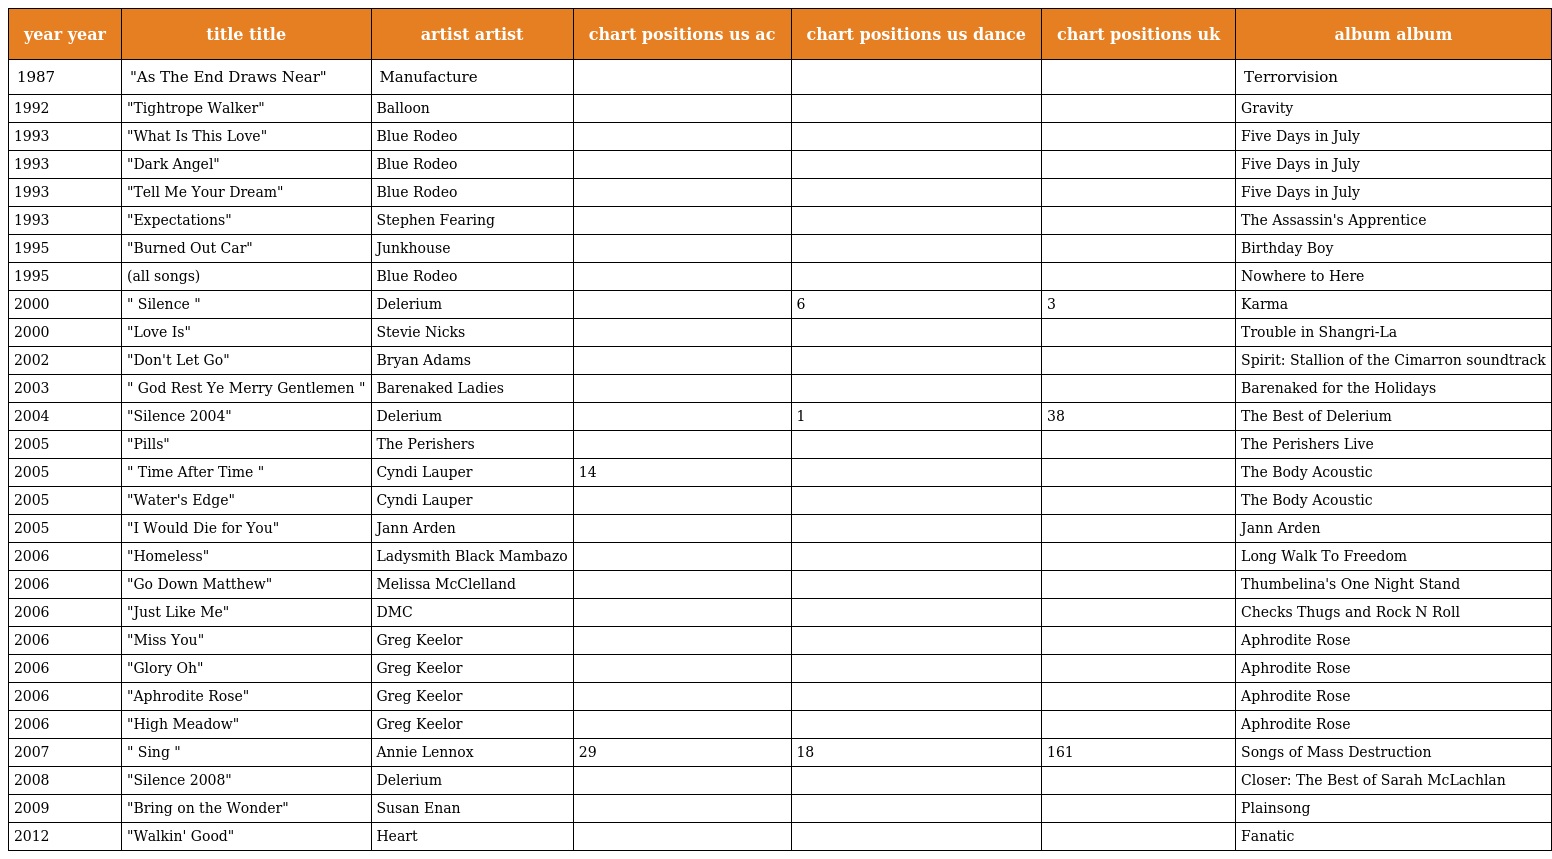
| year year | title title | artist artist | chart positions us ac | chart positions us dance | chart positions uk | album album |
 | --- | --- | --- | --- | --- | --- | --- |
 | 1987 | "As The End Draws Near" | Manufacture |  |  |  | Terrorvision |
 | 1992 | "Tightrope Walker" | Balloon |  |  |  | Gravity |
 | 1993 | "What Is This Love" | Blue Rodeo |  |  |  | Five Days in July |
 | 1993 | "Dark Angel" | Blue Rodeo |  |  |  | Five Days in July |
 | 1993 | "Tell Me Your Dream" | Blue Rodeo |  |  |  | Five Days in July |
 | 1993 | "Expectations" | Stephen Fearing |  |  |  | The Assassin's Apprentice |
 | 1995 | "Burned Out Car" | Junkhouse |  |  |  | Birthday Boy |
 | 1995 | (all songs) | Blue Rodeo |  |  |  | Nowhere to Here |
 | 2000 | " Silence " | Delerium |  | 6 | 3 | Karma |
 | 2000 | "Love Is" | Stevie Nicks |  |  |  | Trouble in Shangri-La |
 | 2002 | "Don't Let Go" | Bryan Adams |  |  |  | Spirit: Stallion of the Cimarron soundtrack |
 | 2003 | " God Rest Ye Merry Gentlemen " | Barenaked Ladies |  |  |  | Barenaked for the Holidays |
 | 2004 | "Silence 2004" | Delerium |  | 1 | 38 | The Best of Delerium |
 | 2005 | "Pills" | The Perishers |  |  |  | The Perishers Live |
 | 2005 | " Time After Time " | Cyndi Lauper | 14 |  |  | The Body Acoustic |
 | 2005 | "Water's Edge" | Cyndi Lauper |  |  |  | The Body Acoustic |
 | 2005 | "I Would Die for You" | Jann Arden |  |  |  | Jann Arden |
 | 2006 | "Homeless" | Ladysmith Black Mambazo |  |  |  | Long Walk To Freedom |
 | 2006 | "Go Down Matthew" | Melissa McClelland |  |  |  | Thumbelina's One Night Stand |
 | 2006 | "Just Like Me" | DMC |  |  |  | Checks Thugs and Rock N Roll |
 | 2006 | "Miss You" | Greg Keelor |  |  |  | Aphrodite Rose |
 | 2006 | "Glory Oh" | Greg Keelor |  |  |  | Aphrodite Rose |
 | 2006 | "Aphrodite Rose" | Greg Keelor |  |  |  | Aphrodite Rose |
 | 2006 | "High Meadow" | Greg Keelor |  |  |  | Aphrodite Rose |
 | 2007 | " Sing " | Annie Lennox | 29 | 18 | 161 | Songs of Mass Destruction |
 | 2008 | "Silence 2008" | Delerium |  |  |  | Closer: The Best of Sarah McLachlan |
 | 2009 | "Bring on the Wonder" | Susan Enan |  |  |  | Plainsong |
 | 2012 | "Walkin' Good" | Heart |  |  |  | Fanatic |